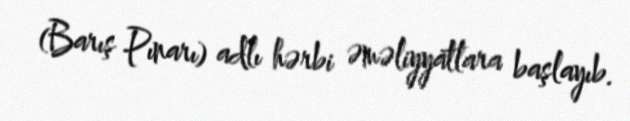
(Barış Pınarı) adlı hərbi əməliyyatlara başlayıb.